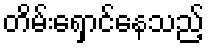
တိမ်းရှောင်နေသည့်